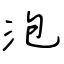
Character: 泡